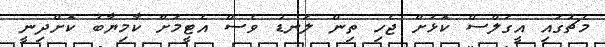
މެޗުގައި އީގަލްސް ކޮޅަށް ޖެހި ތިން ލަނޑު ވެސް އެޓީމަށް ކާމިޔާބު ކޮށްދިނީ